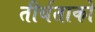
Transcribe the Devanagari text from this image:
तीर्थताको